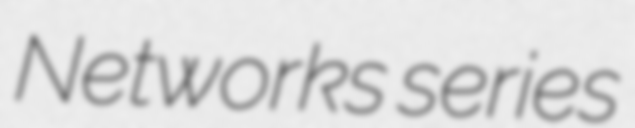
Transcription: Networks series